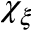
\chi _ { \xi }